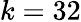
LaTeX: k=32